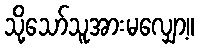
သို့သော်သူအားမလျှော့။